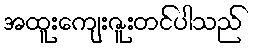
အထူးကျေးဇူးတင်ပါသည်